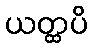
ယတ္ထပိ